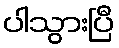
ပါသွားပြီ